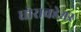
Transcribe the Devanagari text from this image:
घोरावडेश्वर